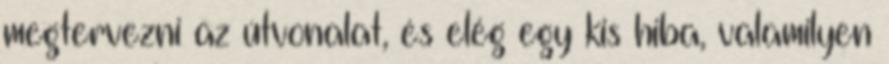
megtervezni az útvonalat, és elég egy kis hiba, valamilyen